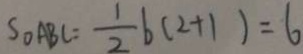
S _ { \Delta A B C } = \frac { 1 } { 2 } b ( 2 + 1 ) = 6